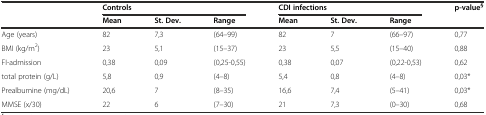
<table><thead><tr><td rowspan="2"></td><td colspan="3"><b>Controls</b></td><td colspan="3"><b>CDI infections</b></td><td><b>p-value<sup>§</sup></b></td></tr><tr><td><b>Mean</b></td><td><b>St. Dev.</b></td><td><b>Range</b></td><td><b>Mean</b></td><td><b>St. Dev.</b></td><td><b>Range</b></td><td></td></tr></thead><tbody><tr><td>Age (years)</td><td>82</td><td>7,3</td><td>(64–99)</td><td>82</td><td>7</td><td>(66–97)</td><td>0,77</td></tr><tr><td>BMI (kg/m<sup>2</sup>)</td><td>23</td><td>5,1</td><td>(15–37)</td><td>23</td><td>5,5</td><td>(15–40)</td><td>0,88</td></tr><tr><td>FI-admission</td><td>0,38</td><td>0,09</td><td>(0,25-0,55)</td><td>0,38</td><td>0,07</td><td>(0,22-0,53)</td><td>0,62</td></tr><tr><td>total protein (g/L)</td><td>5,8</td><td>0,9</td><td>(4–8)</td><td>5,4</td><td>0,8</td><td>(4–8)</td><td>0,03*</td></tr><tr><td>Prealbumine (mg/dL)</td><td>20,6</td><td>7</td><td>(8–35)</td><td>16,6</td><td>7,4</td><td>(5–41)</td><td>0,03*</td></tr><tr><td>MMSE (x/30)</td><td>22</td><td>6</td><td>(7–30)</td><td>21</td><td>7,3</td><td>(0–30)</td><td>0,68</td></tr></tbody></table>